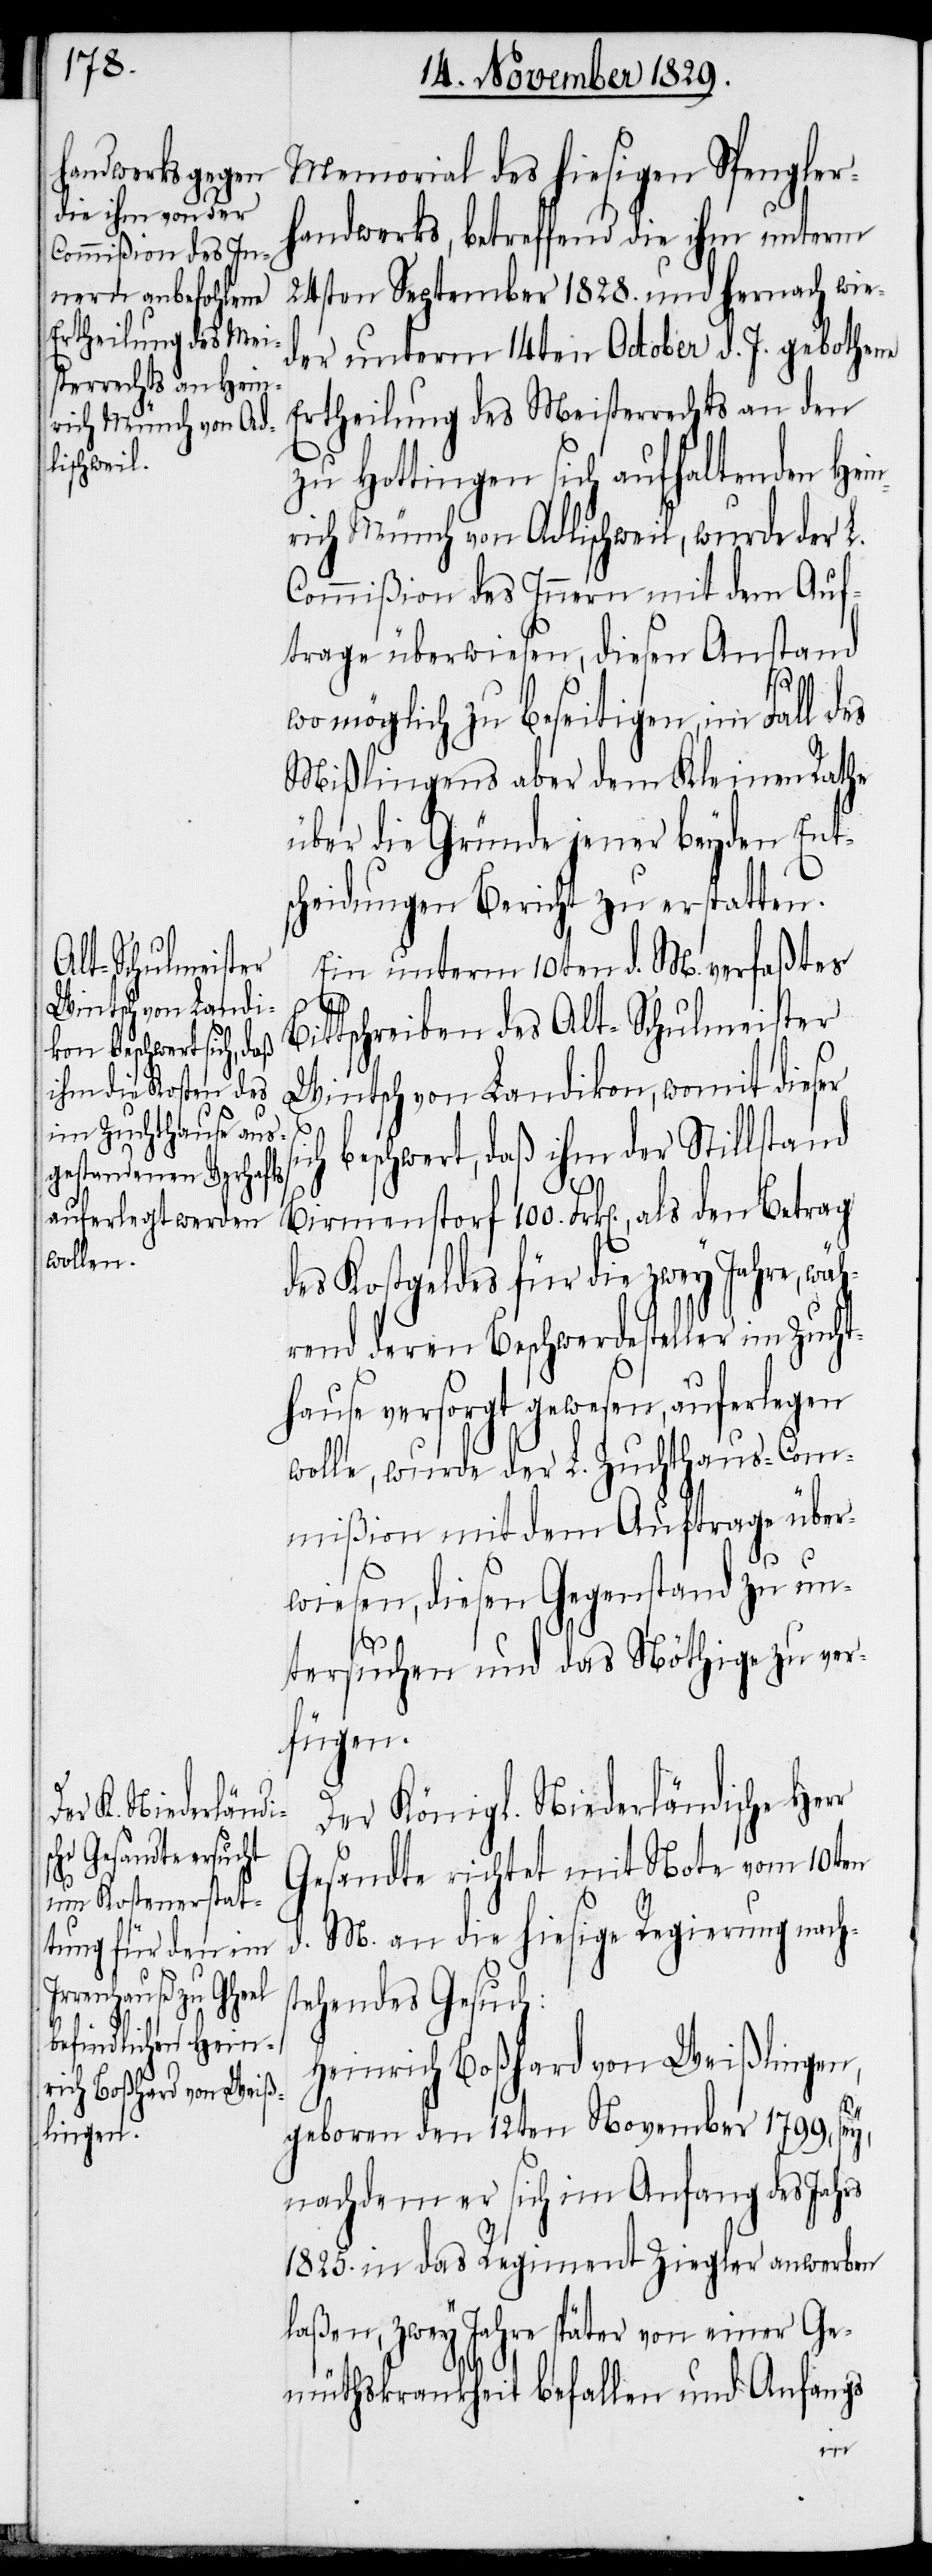
Memorial des hiesigen Spengle¬
andwerks, betreffend die ihm unterm
24sten September 1828. und hernach wie¬
der unterm 14ten October d. J. gebothene
Ertheilung des Meisterrechts an den
zu Hottingen sich aufhaltenden Hei¬
rich Münch von Adlischweil, wurde der L.
Commißion des Innern mit dem Auf¬
trage überwiesen, diesen Anstand
wo möglich zu beseitigen, im Fall des
Mißlingens aber dem Kleinen Rathe
über die Gründe jener beyden Ent¬
scheidungen Bericht zu erstatten.
Ein unterm 10ten d. M. verfaßtes
ittschreiben des Alt-Schulmeisters
Wintsch von Landikon, womit dieser
ch beschwert, daß ihm der Stillstand
des Kostgeldes für die zwey Jahre, wä¬
hrend deren Beschwerdesteller im Zucht¬
hause versorgt gewesen, auferlegen
wolle, wurde der L. Zuchthaus-Com¬
mißion mit dem Auftrage über¬
wiesen, diesen Gegenstand zu un¬
100.
tersuchen und das Nöthige zu ver¬
fügen.
Der. Königl. Niederländische Herr
Gesandte richtet mit Note vom 10ten
d. M. an die hiesige Regierung nachs¬
tehendes Gesuch:
Heinrich Boßhard von Weißlingen,
geboren den 12ten November 1799, sey,
nachdem er sich im Anfang des Jahrs
1825. in das Regiment Ziegler anwerben
laßen, zwey Jahre später von einer Ge¬
müthskrankheit befallen und Anfangs
den